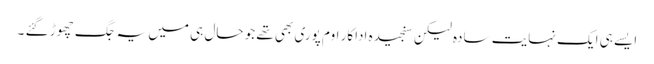
ایسے ہی ایک نہایت سادہ لیکن سنجیدہ اداکار اوم پوری بھی تھے جو حال ہی میں یہ جگ چھوڑ گئے ۔